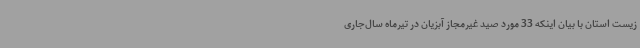
زیست استان با بیان اینکه 33 مورد صید غیرمجاز آبزیان در تیرماه سال‌جاری